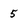
Character: 5